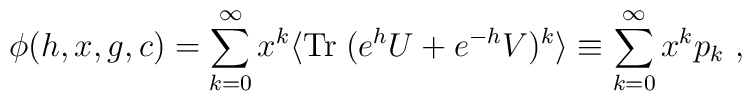
\phi (h, x, g, c) =\sum_{k = 0}^{\infty}  x^k  \langle{\rm Tr}\; (e^{h}U + e^{-h}V)^k \rangle\equiv \sum_{k = 0}^{\infty} x^kp_k\ ,